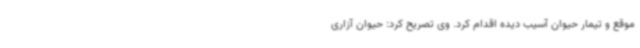
موقع و تیمار حیوان آسیب دیده اقدام کرد. وی تصریح کرد: حیوان آزاری